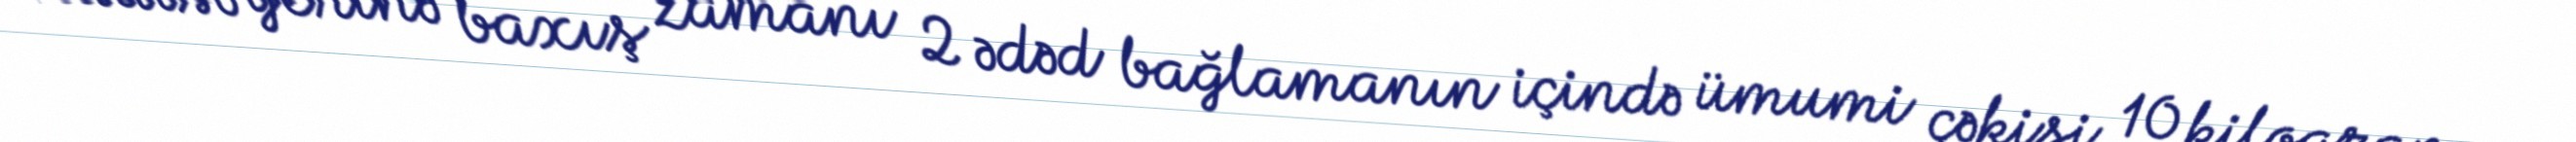
Hadisə yerinə baxış zamanı 2 ədəd bağlamanın içində ümumi çəkisi 10 kiloqram